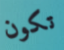
تكون